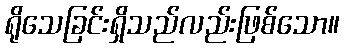
ရိုသေခြင်းရှိသည်လည်းဖြစ်သော။